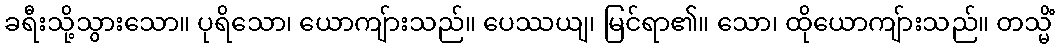
ခရီးသို့သွားသော။ ပုရိသော၊ ယောကျ်ားသည်။ ပေဿယျ၊ မြင်ရာ၏။ သော၊ ထိုယောကျ်ားသည်။ တသ္မိံ